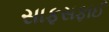
સાફસફાઈ